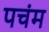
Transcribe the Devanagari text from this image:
पचंम